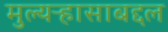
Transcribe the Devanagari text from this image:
मुल्यऱ्हासाबद्दल